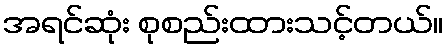
အရင်ဆုံး စုစည်းထားသင့်တယ်။